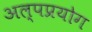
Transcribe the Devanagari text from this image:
अल्पप्रयोग